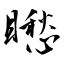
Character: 矁